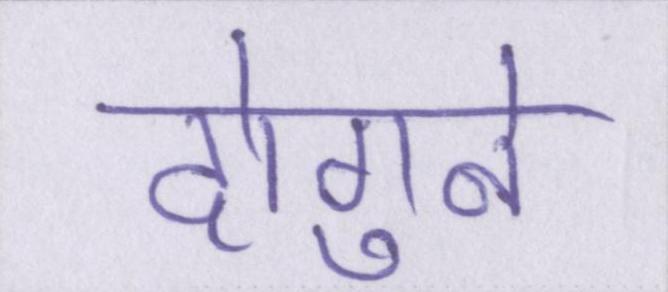
दोगुने